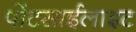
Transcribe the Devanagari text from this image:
पोंटसाईलाइट